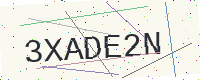
Text: 3XADE2N